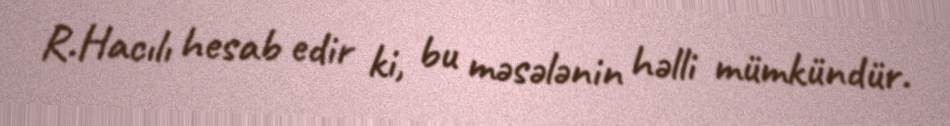
R.Hacılı hesab edir ki, bu məsələnin həlli mümkündür.